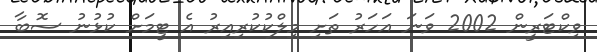
ވިކްޓަރީން 2002 ވަނަ އަހަރު ތަށި މިލްކުކުރިއިރު އެ ޓީމަށް ކުޅުނު ސޮބާ